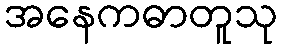
အနေကဓာတူသု